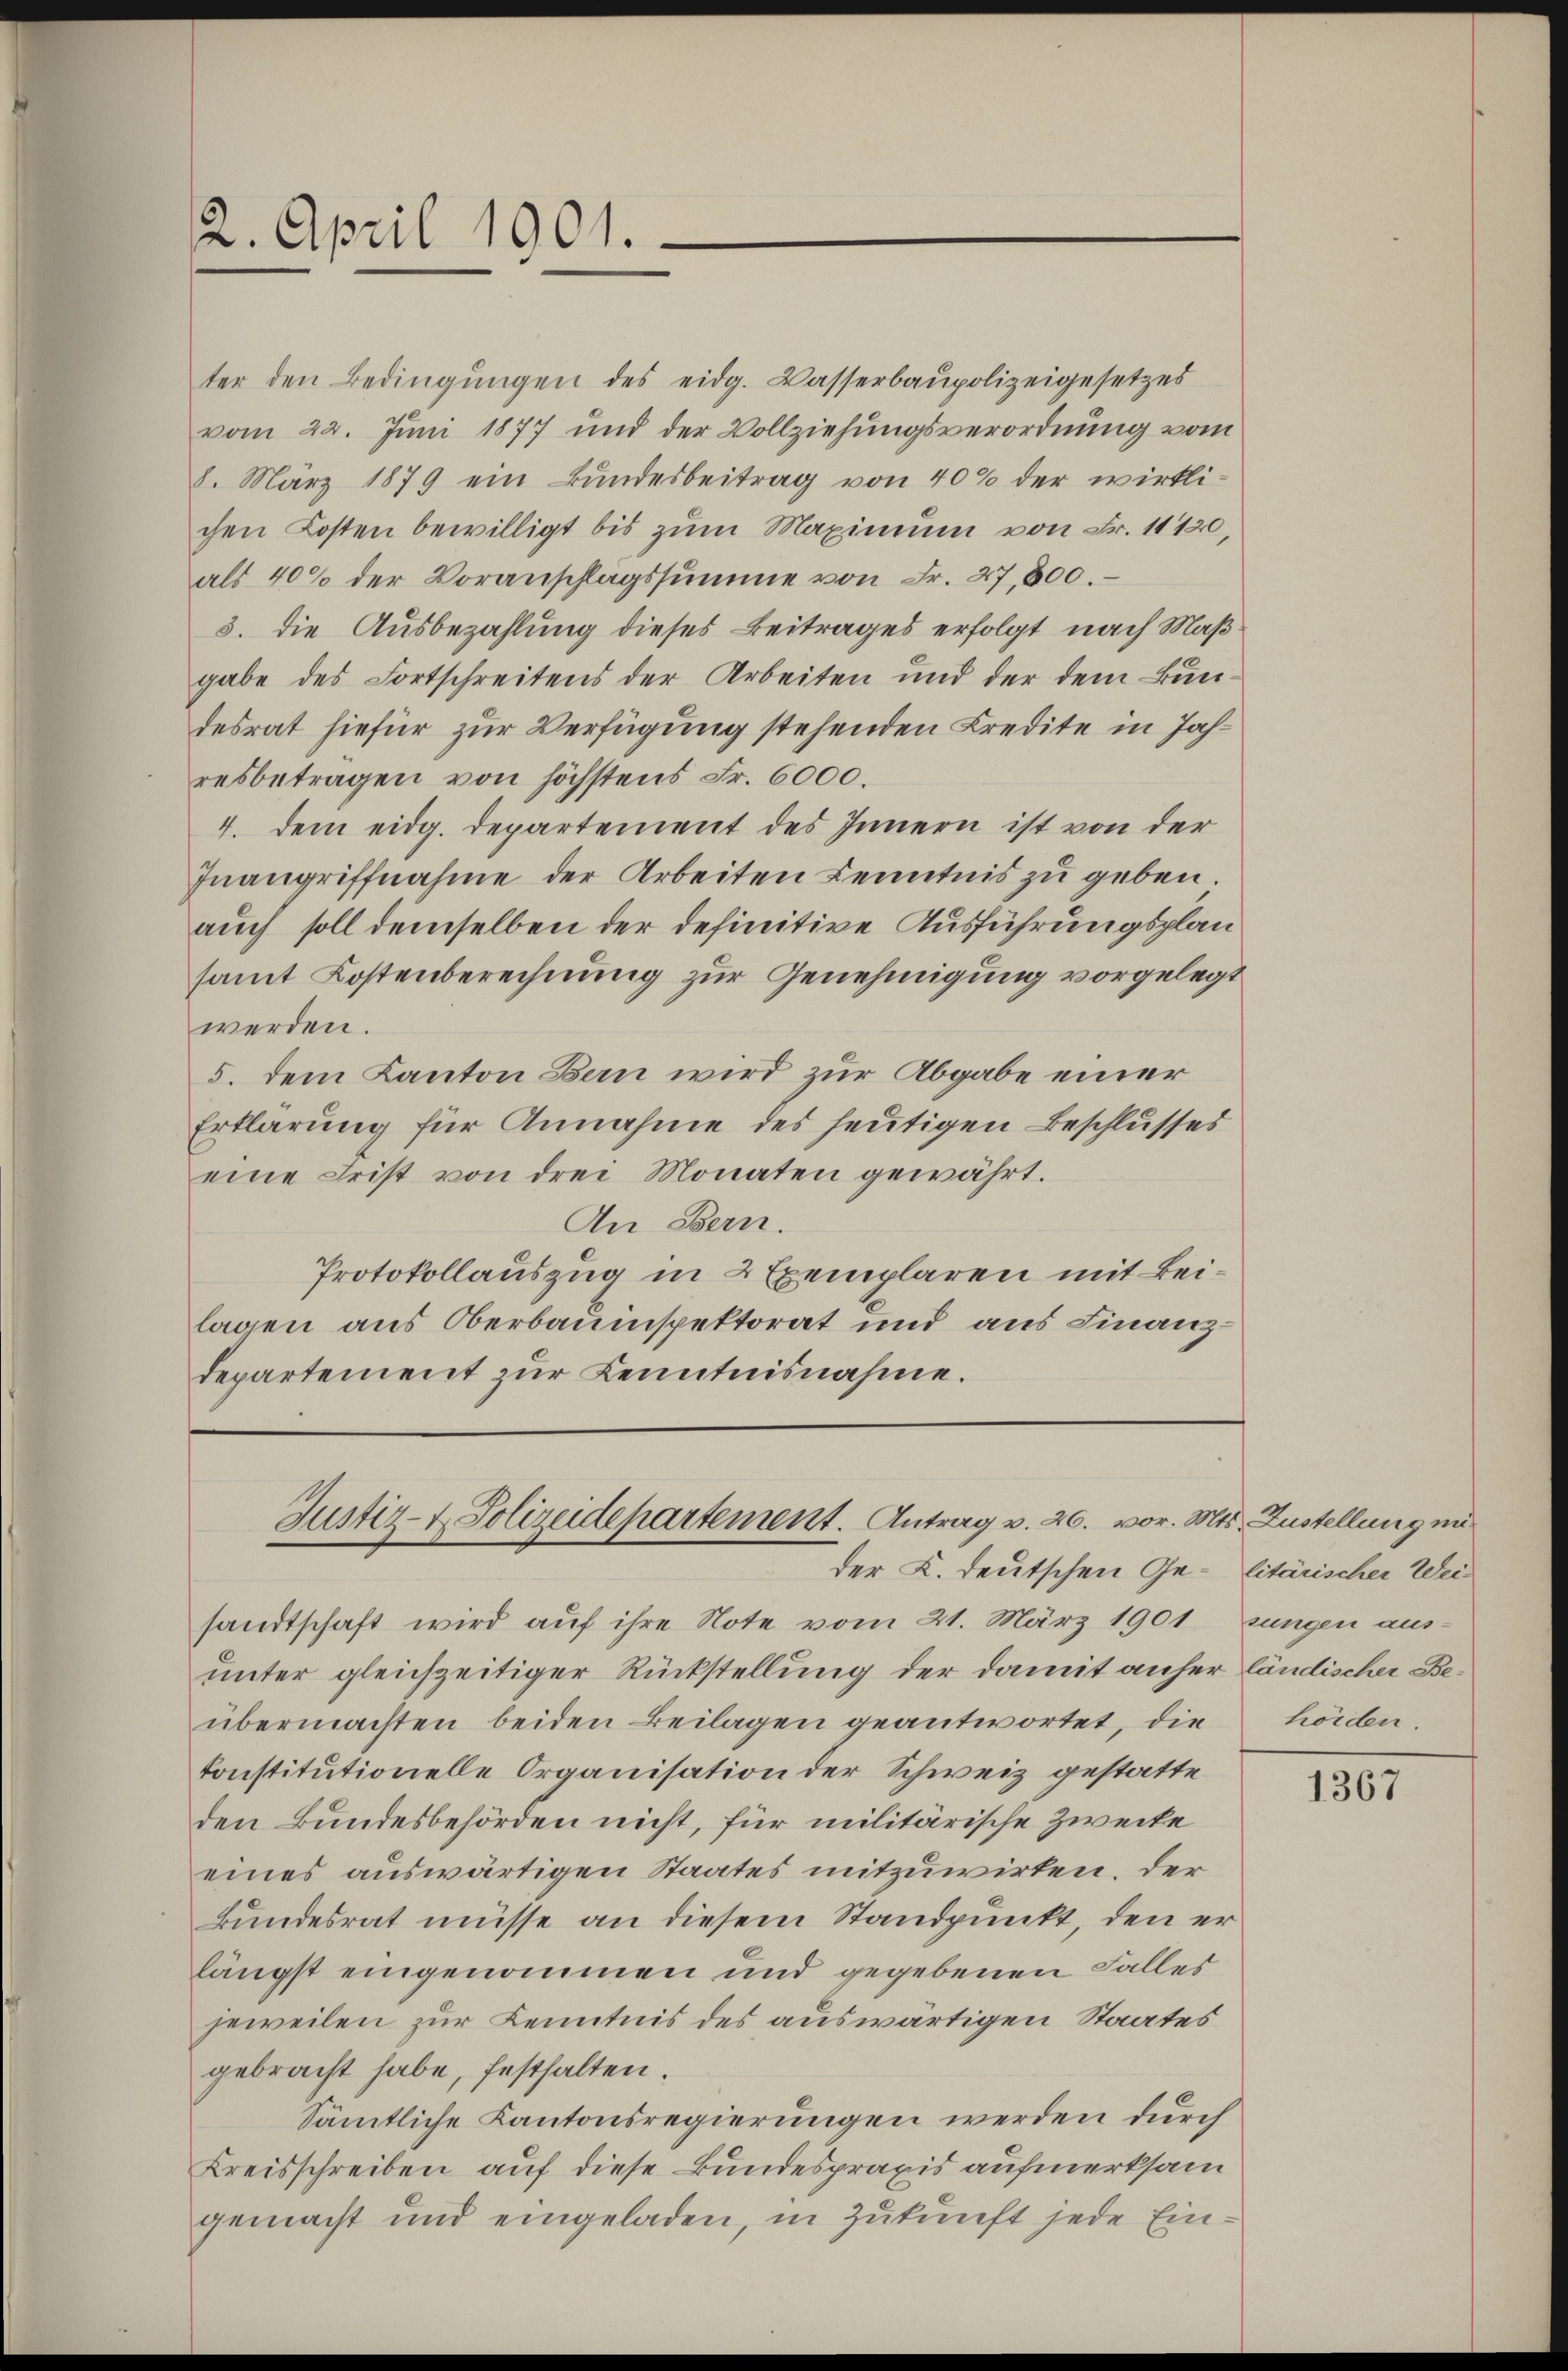
2. April 1901.

ter den Bedingungen des eidg. Wasserbaupolizeigesetzes
vom 22. Juni 1877 und der Vollziehungsverordnung vom
8. März 1879 ein Bundesbeitrag von 40% der wirklichen Kosten bewilligt bis zum Maximum von Fr. 11120,
als 40% der Voranschlagssumme von Fr. 27,800.
3. die Ausbezahlung dieses Beitrages erfolgt nach Maßgabe des Fortschreitens der Arbeiten und der dem Bundesrat hiefür zur Verfügung stehenden Kredite in Jahresbetragen von höchstens Fr. 6000.
4. dem eidg. Departement des Innern ist von der
Inangriffnahme der Arbeiten Kenntnis zu geben.
auch soll demselben der definitive Ausführungsplan
samt Kostenberechnung zur Genehmigung vorgelegt
werden.
5. dem Kanton Bern wird zur Abgabe einer
Erklärung für Annahme des heutigen Beschlusses
eine Frist von drei Monaten gewährt.
An Bern.
Protokollauszug in 2 Exemplaren mit Beilagen aus Oberbauinspektorat und aus Finanz-
departement zur Kenntnisnahme.

sandtschaft wird auf ihre Note vom 21. März 1901 Jungen ausunter gleichzeitiger Rückstellung der damit anher ländischer Beübermachten beiden Beilagen geantwortet, die hören.
konstitutionelle Organisation der Schweiz gestatte
den Bundesbehörden nicht, für militärische Zwecke
eines auswärtigen Staates mitzuwirken. Der
kundesrat müsse an diesem Standpunkt, den er
längst eingenommen und gegebenen Falles
jeweilen zur Kenntnis des auswärtigen Staates
gebracht habe, festhalten.
Sämtliche Kantonsregierungen werden durch
Kreisschreiben auf diese Bundespraxis aufmerksam
gemacht und eingeladen, in Zukunft jede Ein¬

Justiz- & Polizeidepartement. Antrag v. 26. vor. Mts. Zustellung mi
der K. deutschen Ge¬

litärischer Wei-

1367